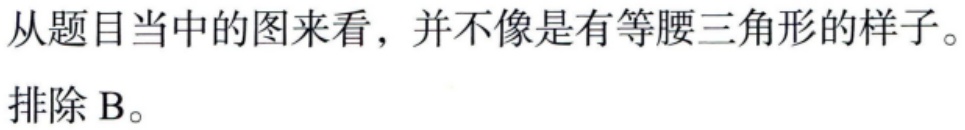
从题目当中的图来看，并不像是有等腰三角形的样子。
排除 B。